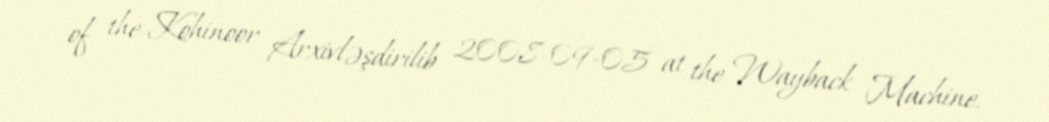
of the Kohinoor Arxivləşdirilib 2008-09-05 at the Wayback Machine.